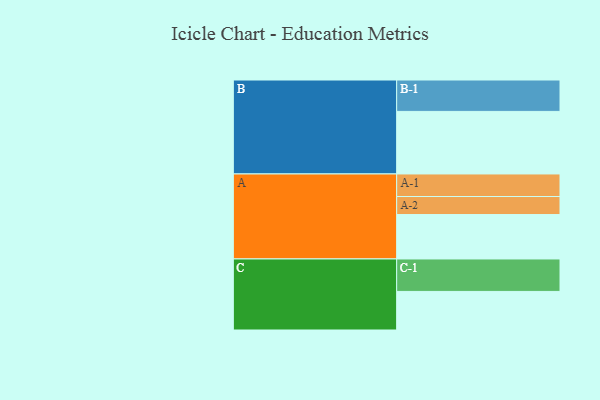
{"axis": {"x": "Segment", "y": "Value"}, "legend": ["", "A", "B", "C"], "data": [{"x": "A", "y": 372, "type": ""}, {"x": "B", "y": 524, "type": ""}, {"x": "C", "y": 323, "type": ""}, {"x": "A-1", "y": 189, "type": "A"}, {"x": "A-2", "y": 151, "type": "A"}, {"x": "B-1", "y": 263, "type": "B"}, {"x": "C-1", "y": 272, "type": "C"}]}